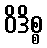
ဝိဒိစ္စ